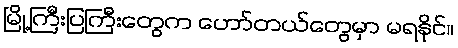
မြို့ကြီးပြကြီးတွေက ဟော်တယ်တွေမှာ မရနိုင်။